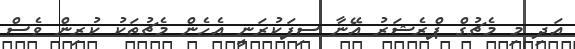
އަދި މި މެޗުގް ޕްރެޝަރު އޭނާ ސިފަކުރަނީ އެހެން މެޗުތަކު ކުރިން ވެސް